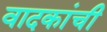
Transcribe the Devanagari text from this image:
वादकांची